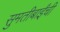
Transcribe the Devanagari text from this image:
सुमतीबाईंची